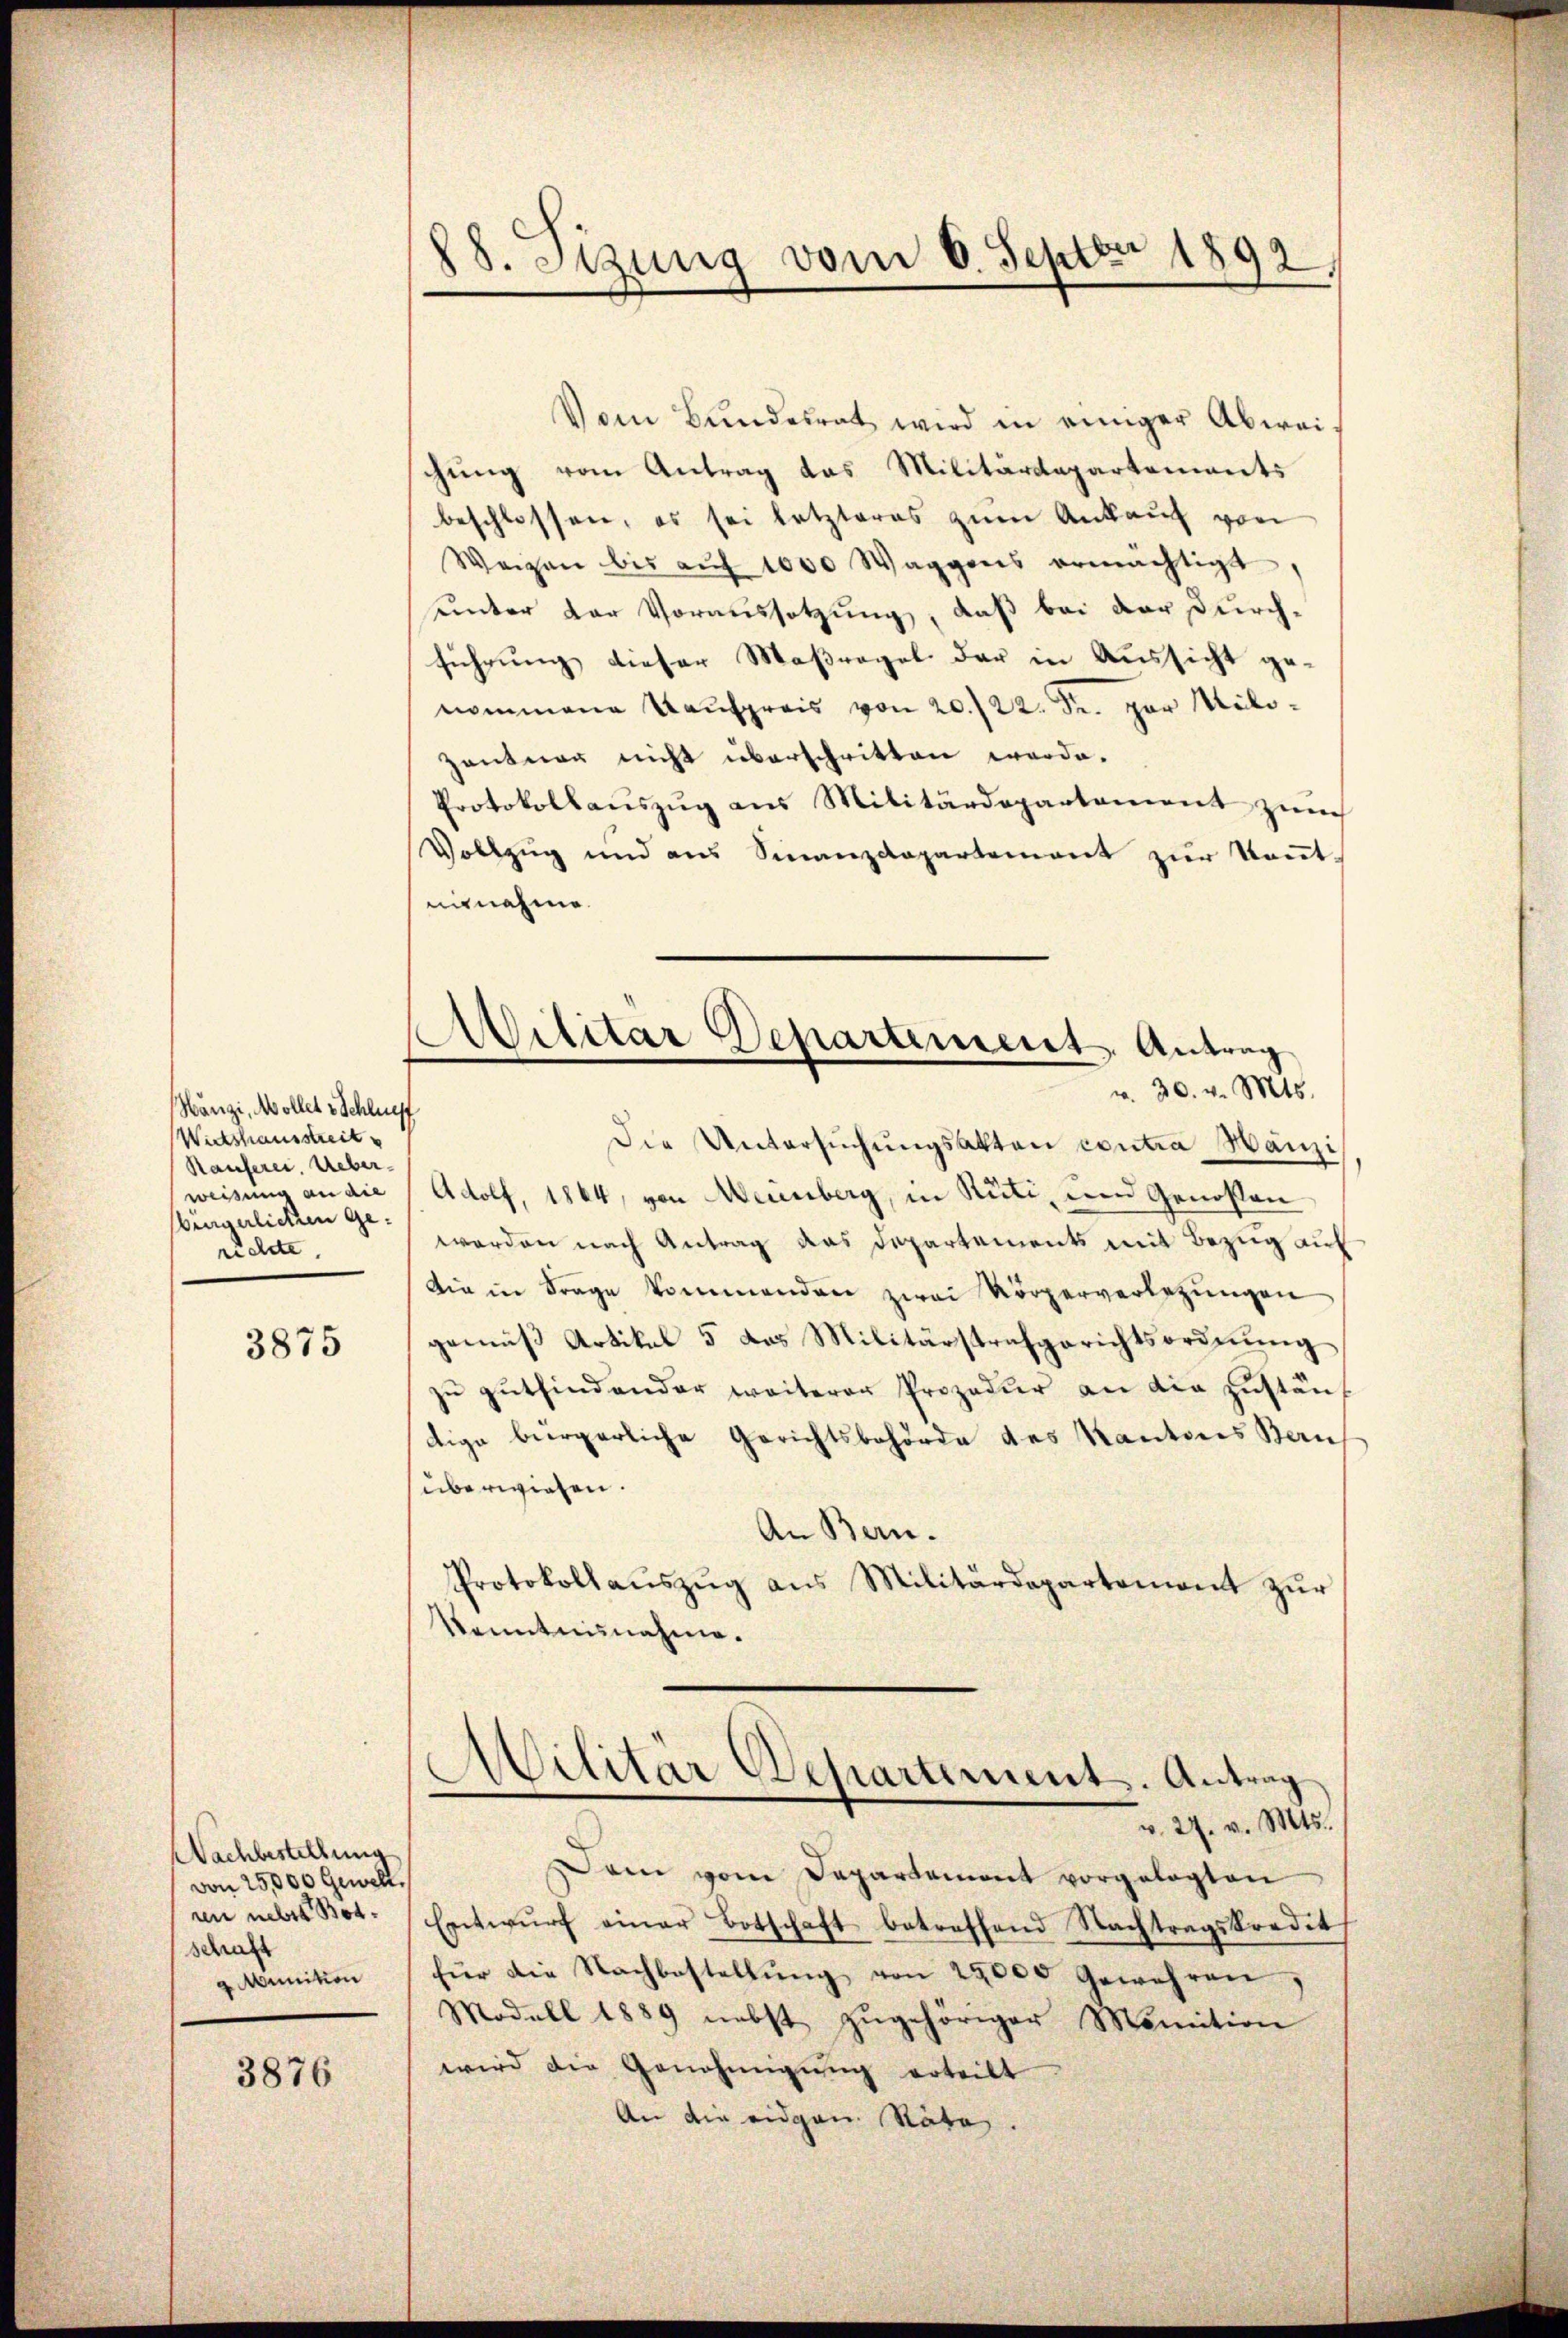
Hängi, Mollet v. Schluss
Wirtshausstreit
Rauferei. Ueber-
weisung an die
bingerlichen Gerichte,

3875

Nachbestellung
von 25,000 Gewelt.
ren neber Bet
schaft
g Munikon

3876

88. Setzung vom 6. Septbr 1892

Vom Bundesrat wird in einiger Abweigung vom Antrag das Militärdepartements
beschlossen, es sei letzteres zum Ankauf von
Wegen bis aŭf 1000 Waggons ermächtigt,
unter der Voraussetzung, daß bei der Durchführung dieser Maßregel der in Aussicht genommene Kaufpreis von 20./22. Fr. per Mili¬
Zantag nicht überschritten werde.
Protokollaŭszŭg ans Militärdepartement zŭm
Vollzug und aus Sinanzdepartement zŭr Keṅt-
annahme.
Die Untersŭchŭngsakten contra Hanzi
Adolf, 1864, von Meinberg, in Rüti, und Genossen
werden nach Antrag das Departements mit Bezug auf
Die in Frage kommenden zwei Körperverletzŭngen
gemäβ Artikel 5 das Militärstrafgerichtsordnŭng
zŭ gŭtfindender weiterer Prozedur an die zŭstänf
dige bürgerliche Gerichtsbehörde des Kantons Bauf
überwiesen.
An Bern.
Protokollaŭszŭg ans Militärdepartement zŭr
kenntnisnahme.
Militär Departement. Antrag
v. 29. v. Mts.
Dem vom Departament vorgelegten
Entwŭrf einer Botschaft betreffend Nachtragskordit,
für die Nachbestellŭng von 25000 Gewehren,
Modell 1889 nebst zŭgehöriger Monition
wird die Genehmigung erteilt
An die eidgen. Räte

Avilitar Departement. Antrag
v. 30. v. Mts.